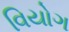
વિયોગ